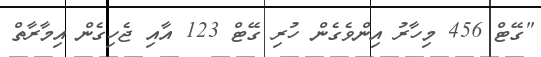
"ގޭޓް 456 މިހާރު އިންވެގެން ހުރި ގޭޓް 123 އާއި ޖެހިގެން އިމާރާތް